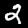
Label: 2